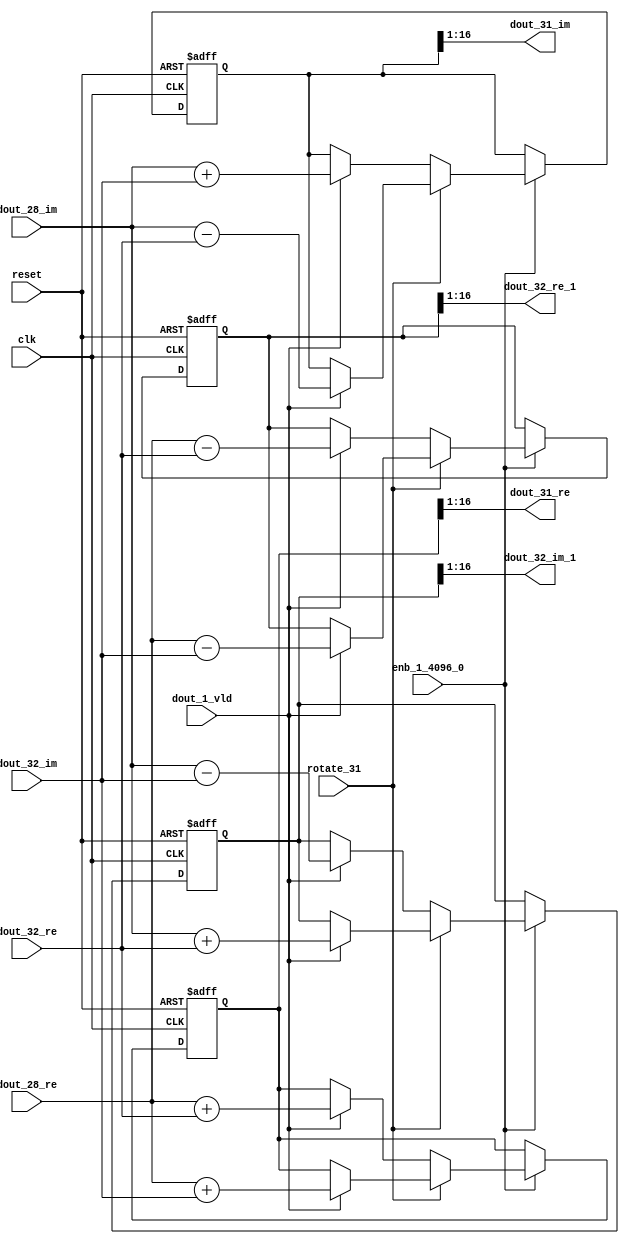
// -------------------------------------------------------------
// 
// 
// Generated by MATLAB 9.14 and HDL Coder 4.1
// 
// -------------------------------------------------------------


// -------------------------------------------------------------
// 
// Module: RADIX22FFT_SDNF2_6_block14
// Source Path: dsphdl.IFFT/RADIX22FFT_SDNF2_6
// Hierarchy Level: 4
// 
// -------------------------------------------------------------

`timescale 1 ns / 1 ns

module RADIX22FFT_SDNF2_6_block14
          (clk,
           reset,
           enb_1_4096_0,
           rotate_31,
           dout_28_re,
           dout_28_im,
           dout_32_re,
           dout_32_im,
           dout_1_vld,
           dout_31_re,
           dout_31_im,
           dout_32_re_1,
           dout_32_im_1);


  input   clk;
  input   reset;
  input   enb_1_4096_0;
  input   rotate_31;  // ufix1
  input   signed [15:0] dout_28_re;  // sfix16_En14
  input   signed [15:0] dout_28_im;  // sfix16_En14
  input   signed [15:0] dout_32_re;  // sfix16_En14
  input   signed [15:0] dout_32_im;  // sfix16_En14
  input   dout_1_vld;
  output  signed [15:0] dout_31_re;  // sfix16_En14
  output  signed [15:0] dout_31_im;  // sfix16_En14
  output  signed [15:0] dout_32_re_1;  // sfix16_En14
  output  signed [15:0] dout_32_im_1;  // sfix16_En14


  reg  Radix22ButterflyG2_NF_din_vld_dly;
  reg signed [16:0] Radix22ButterflyG2_NF_btf1_re_reg;  // sfix17
  reg signed [16:0] Radix22ButterflyG2_NF_btf1_im_reg;  // sfix17
  reg signed [16:0] Radix22ButterflyG2_NF_btf2_re_reg;  // sfix17
  reg signed [16:0] Radix22ButterflyG2_NF_btf2_im_reg;  // sfix17
  reg  Radix22ButterflyG2_NF_din_vld_dly_next;
  reg signed [16:0] Radix22ButterflyG2_NF_btf1_re_reg_next;  // sfix17_En14
  reg signed [16:0] Radix22ButterflyG2_NF_btf1_im_reg_next;  // sfix17_En14
  reg signed [16:0] Radix22ButterflyG2_NF_btf2_re_reg_next;  // sfix17_En14
  reg signed [16:0] Radix22ButterflyG2_NF_btf2_im_reg_next;  // sfix17_En14
  reg signed [15:0] dout_31_re_1;  // sfix16_En14
  reg signed [15:0] dout_31_im_1;  // sfix16_En14
  reg signed [15:0] dout_32_re_2;  // sfix16_En14
  reg signed [15:0] dout_32_im_2;  // sfix16_En14
  reg  dout_6_vld;
  reg signed [16:0] Radix22ButterflyG2_NF_add_cast;  // sfix17_En14
  reg signed [16:0] Radix22ButterflyG2_NF_add_cast_0;  // sfix17_En14
  reg signed [16:0] Radix22ButterflyG2_NF_add_cast_1;  // sfix17_En14
  reg signed [16:0] Radix22ButterflyG2_NF_add_cast_2;  // sfix17_En14
  reg signed [16:0] Radix22ButterflyG2_NF_sub_cast;  // sfix17_En14
  reg signed [16:0] Radix22ButterflyG2_NF_sub_cast_0;  // sfix17_En14
  reg signed [16:0] Radix22ButterflyG2_NF_sub_cast_1;  // sfix17_En14
  reg signed [16:0] Radix22ButterflyG2_NF_sub_cast_2;  // sfix17_En14
  reg signed [16:0] Radix22ButterflyG2_NF_sra_temp;  // sfix17_En14
  reg signed [16:0] Radix22ButterflyG2_NF_add_cast_3;  // sfix17_En14
  reg signed [16:0] Radix22ButterflyG2_NF_add_cast_4;  // sfix17_En14
  reg signed [16:0] Radix22ButterflyG2_NF_add_cast_5;  // sfix17_En14
  reg signed [16:0] Radix22ButterflyG2_NF_add_cast_6;  // sfix17_En14
  reg signed [16:0] Radix22ButterflyG2_NF_sra_temp_0;  // sfix17_En14
  reg signed [16:0] Radix22ButterflyG2_NF_sub_cast_3;  // sfix17_En14
  reg signed [16:0] Radix22ButterflyG2_NF_sub_cast_4;  // sfix17_En14
  reg signed [16:0] Radix22ButterflyG2_NF_sub_cast_5;  // sfix17_En14
  reg signed [16:0] Radix22ButterflyG2_NF_sub_cast_6;  // sfix17_En14
  reg signed [16:0] Radix22ButterflyG2_NF_sra_temp_1;  // sfix17_En14
  reg signed [16:0] Radix22ButterflyG2_NF_sra_temp_2;  // sfix17_En14


  // Radix22ButterflyG2_NF
  always @(posedge clk or posedge reset)
    begin : Radix22ButterflyG2_NF_process
      if (reset == 1'b1) begin
        Radix22ButterflyG2_NF_din_vld_dly <= 1'b0;
        Radix22ButterflyG2_NF_btf1_re_reg <= 17'sb00000000000000000;
        Radix22ButterflyG2_NF_btf1_im_reg <= 17'sb00000000000000000;
        Radix22ButterflyG2_NF_btf2_re_reg <= 17'sb00000000000000000;
        Radix22ButterflyG2_NF_btf2_im_reg <= 17'sb00000000000000000;
      end
      else begin
        if (enb_1_4096_0) begin
          Radix22ButterflyG2_NF_din_vld_dly <= Radix22ButterflyG2_NF_din_vld_dly_next;
          Radix22ButterflyG2_NF_btf1_re_reg <= Radix22ButterflyG2_NF_btf1_re_reg_next;
          Radix22ButterflyG2_NF_btf1_im_reg <= Radix22ButterflyG2_NF_btf1_im_reg_next;
          Radix22ButterflyG2_NF_btf2_re_reg <= Radix22ButterflyG2_NF_btf2_re_reg_next;
          Radix22ButterflyG2_NF_btf2_im_reg <= Radix22ButterflyG2_NF_btf2_im_reg_next;
        end
      end
    end

  always @(Radix22ButterflyG2_NF_btf1_im_reg, Radix22ButterflyG2_NF_btf1_re_reg,
       Radix22ButterflyG2_NF_btf2_im_reg, Radix22ButterflyG2_NF_btf2_re_reg,
       Radix22ButterflyG2_NF_din_vld_dly, dout_1_vld, dout_28_im, dout_28_re,
       dout_32_im, dout_32_re, rotate_31) begin
    Radix22ButterflyG2_NF_add_cast_1 = 17'sb00000000000000000;
    Radix22ButterflyG2_NF_add_cast_2 = 17'sb00000000000000000;
    Radix22ButterflyG2_NF_sub_cast_1 = 17'sb00000000000000000;
    Radix22ButterflyG2_NF_sub_cast_2 = 17'sb00000000000000000;
    Radix22ButterflyG2_NF_add_cast_5 = 17'sb00000000000000000;
    Radix22ButterflyG2_NF_add_cast_6 = 17'sb00000000000000000;
    Radix22ButterflyG2_NF_sub_cast_5 = 17'sb00000000000000000;
    Radix22ButterflyG2_NF_sub_cast_6 = 17'sb00000000000000000;
    Radix22ButterflyG2_NF_add_cast = 17'sb00000000000000000;
    Radix22ButterflyG2_NF_add_cast_0 = 17'sb00000000000000000;
    Radix22ButterflyG2_NF_sub_cast = 17'sb00000000000000000;
    Radix22ButterflyG2_NF_sub_cast_0 = 17'sb00000000000000000;
    Radix22ButterflyG2_NF_add_cast_3 = 17'sb00000000000000000;
    Radix22ButterflyG2_NF_add_cast_4 = 17'sb00000000000000000;
    Radix22ButterflyG2_NF_sub_cast_3 = 17'sb00000000000000000;
    Radix22ButterflyG2_NF_sub_cast_4 = 17'sb00000000000000000;
    Radix22ButterflyG2_NF_btf1_re_reg_next = Radix22ButterflyG2_NF_btf1_re_reg;
    Radix22ButterflyG2_NF_btf1_im_reg_next = Radix22ButterflyG2_NF_btf1_im_reg;
    Radix22ButterflyG2_NF_btf2_re_reg_next = Radix22ButterflyG2_NF_btf2_re_reg;
    Radix22ButterflyG2_NF_btf2_im_reg_next = Radix22ButterflyG2_NF_btf2_im_reg;
    Radix22ButterflyG2_NF_din_vld_dly_next = dout_1_vld;
    if (rotate_31 != 1'b0) begin
      if (dout_1_vld) begin
        Radix22ButterflyG2_NF_add_cast_1 = {dout_28_re[15], dout_28_re};
        Radix22ButterflyG2_NF_add_cast_2 = {dout_32_im[15], dout_32_im};
        Radix22ButterflyG2_NF_btf1_re_reg_next = Radix22ButterflyG2_NF_add_cast_1 + Radix22ButterflyG2_NF_add_cast_2;
        Radix22ButterflyG2_NF_sub_cast_1 = {dout_28_re[15], dout_28_re};
        Radix22ButterflyG2_NF_sub_cast_2 = {dout_32_im[15], dout_32_im};
        Radix22ButterflyG2_NF_btf2_re_reg_next = Radix22ButterflyG2_NF_sub_cast_1 - Radix22ButterflyG2_NF_sub_cast_2;
        Radix22ButterflyG2_NF_add_cast_5 = {dout_28_im[15], dout_28_im};
        Radix22ButterflyG2_NF_add_cast_6 = {dout_32_re[15], dout_32_re};
        Radix22ButterflyG2_NF_btf2_im_reg_next = Radix22ButterflyG2_NF_add_cast_5 + Radix22ButterflyG2_NF_add_cast_6;
        Radix22ButterflyG2_NF_sub_cast_5 = {dout_28_im[15], dout_28_im};
        Radix22ButterflyG2_NF_sub_cast_6 = {dout_32_re[15], dout_32_re};
        Radix22ButterflyG2_NF_btf1_im_reg_next = Radix22ButterflyG2_NF_sub_cast_5 - Radix22ButterflyG2_NF_sub_cast_6;
      end
    end
    else if (dout_1_vld) begin
      Radix22ButterflyG2_NF_add_cast = {dout_28_re[15], dout_28_re};
      Radix22ButterflyG2_NF_add_cast_0 = {dout_32_re[15], dout_32_re};
      Radix22ButterflyG2_NF_btf1_re_reg_next = Radix22ButterflyG2_NF_add_cast + Radix22ButterflyG2_NF_add_cast_0;
      Radix22ButterflyG2_NF_sub_cast = {dout_28_re[15], dout_28_re};
      Radix22ButterflyG2_NF_sub_cast_0 = {dout_32_re[15], dout_32_re};
      Radix22ButterflyG2_NF_btf2_re_reg_next = Radix22ButterflyG2_NF_sub_cast - Radix22ButterflyG2_NF_sub_cast_0;
      Radix22ButterflyG2_NF_add_cast_3 = {dout_28_im[15], dout_28_im};
      Radix22ButterflyG2_NF_add_cast_4 = {dout_32_im[15], dout_32_im};
      Radix22ButterflyG2_NF_btf1_im_reg_next = Radix22ButterflyG2_NF_add_cast_3 + Radix22ButterflyG2_NF_add_cast_4;
      Radix22ButterflyG2_NF_sub_cast_3 = {dout_28_im[15], dout_28_im};
      Radix22ButterflyG2_NF_sub_cast_4 = {dout_32_im[15], dout_32_im};
      Radix22ButterflyG2_NF_btf2_im_reg_next = Radix22ButterflyG2_NF_sub_cast_3 - Radix22ButterflyG2_NF_sub_cast_4;
    end
    Radix22ButterflyG2_NF_sra_temp = Radix22ButterflyG2_NF_btf1_re_reg >>> 8'd1;
    dout_31_re_1 = Radix22ButterflyG2_NF_sra_temp[15:0];
    Radix22ButterflyG2_NF_sra_temp_0 = Radix22ButterflyG2_NF_btf1_im_reg >>> 8'd1;
    dout_31_im_1 = Radix22ButterflyG2_NF_sra_temp_0[15:0];
    Radix22ButterflyG2_NF_sra_temp_1 = Radix22ButterflyG2_NF_btf2_re_reg >>> 8'd1;
    dout_32_re_2 = Radix22ButterflyG2_NF_sra_temp_1[15:0];
    Radix22ButterflyG2_NF_sra_temp_2 = Radix22ButterflyG2_NF_btf2_im_reg >>> 8'd1;
    dout_32_im_2 = Radix22ButterflyG2_NF_sra_temp_2[15:0];
    dout_6_vld = Radix22ButterflyG2_NF_din_vld_dly;
  end



  assign dout_31_re = dout_31_re_1;

  assign dout_31_im = dout_31_im_1;

  assign dout_32_re_1 = dout_32_re_2;

  assign dout_32_im_1 = dout_32_im_2;

endmodule  // RADIX22FFT_SDNF2_6_block14